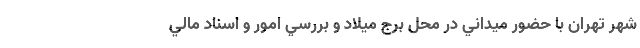
شهر تهران با حضور ميداني در محل برج ميلاد و بررسي امور و اسناد مالي